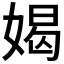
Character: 𫱊